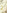
و